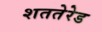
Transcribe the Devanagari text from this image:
शततेरेड